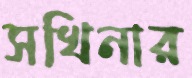
সখিনার